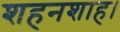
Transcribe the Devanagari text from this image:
शहनशाह।